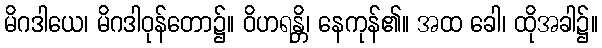
မိဂဒါယေ၊ မိဂဒါဝုန်တော၌။ ဝိဟရန္တိ၊ နေကုန်၏။ အထ ခေါ၊ ထိုအခါ၌။